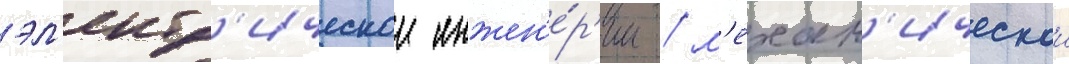
эл'ектр'ическои инжен'е́р'ии / м'ехан'ическои